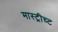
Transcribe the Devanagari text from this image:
मास्ट्रीच्ट